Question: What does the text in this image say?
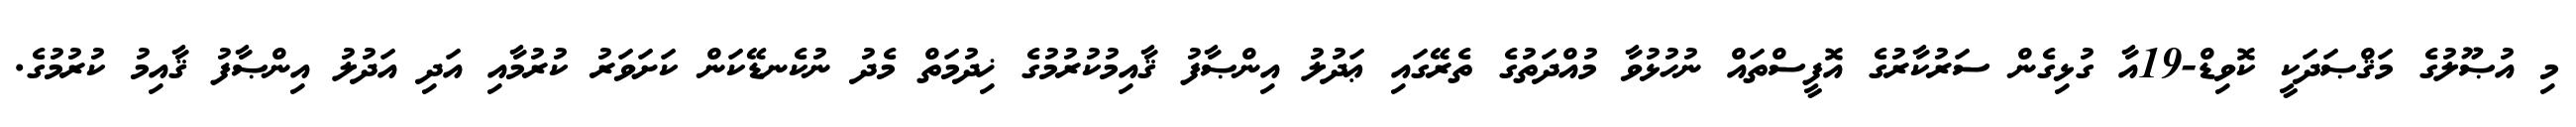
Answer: މި އުޞޫލުގެ މަޤްޞަދަކީ ކޮވިޑް-19އާ ގުޅިގެން ސަރުކާރުގެ އޮފީސްތައް ނުހުޅުވާ މުއްދަތުގެ ތެރޭގައި ޢަދުލު އިންޞާފު ޤާއިމުކުރުމުގެ ޚިދުމަތް މެދު ނުކެނޑޭކަން ކަށަވަރު ކުރުމާއި އަދި އަދުލު އިންޞާފު ޤާއިމު ކުރުމުގެ.